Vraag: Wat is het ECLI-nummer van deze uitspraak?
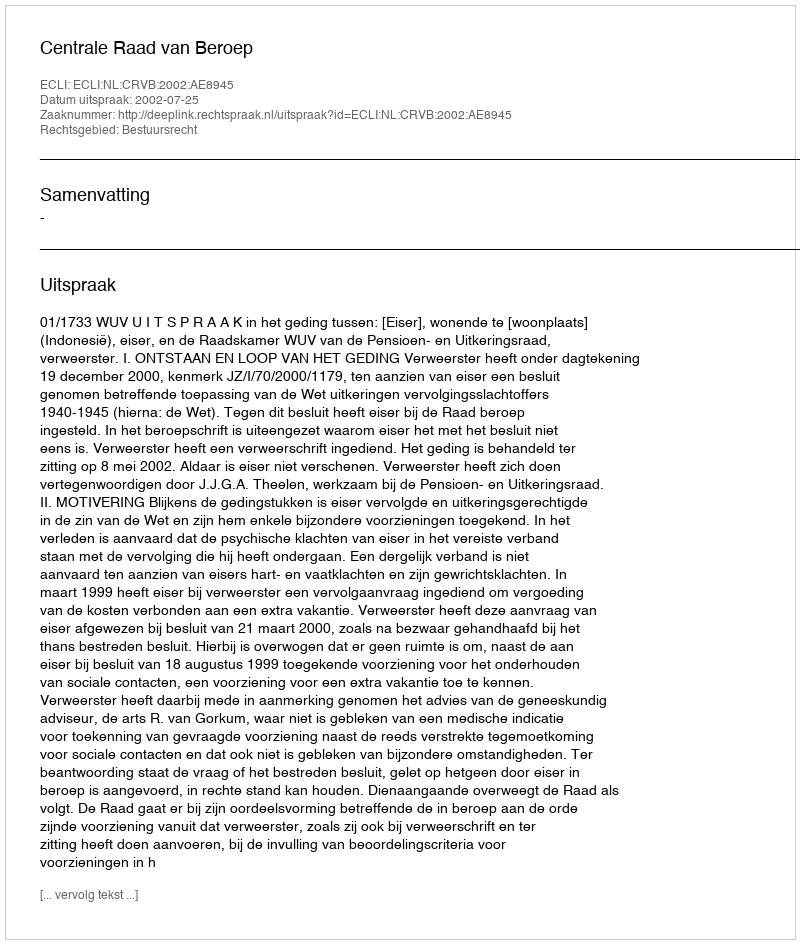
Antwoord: ECLI:NL:CRVB:2002:AE8945